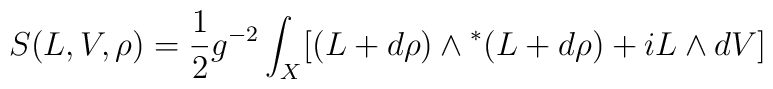
S(L,V,\rho )=\frac{1}{2}g^{-2}\int_{X}[(L+d\rho {})\wedge {}^{*}(L+d\rho{})+iL\wedge {}dV]